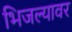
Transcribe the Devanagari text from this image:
भिजल्यावर